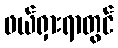
ဖယ်ရှားရာတွင်